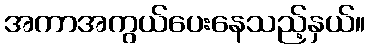
အကာအကွယ်ပေးနေသည့်နှယ်။